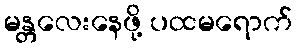
မန္တလေးနေဖို့ ပထမရောက်